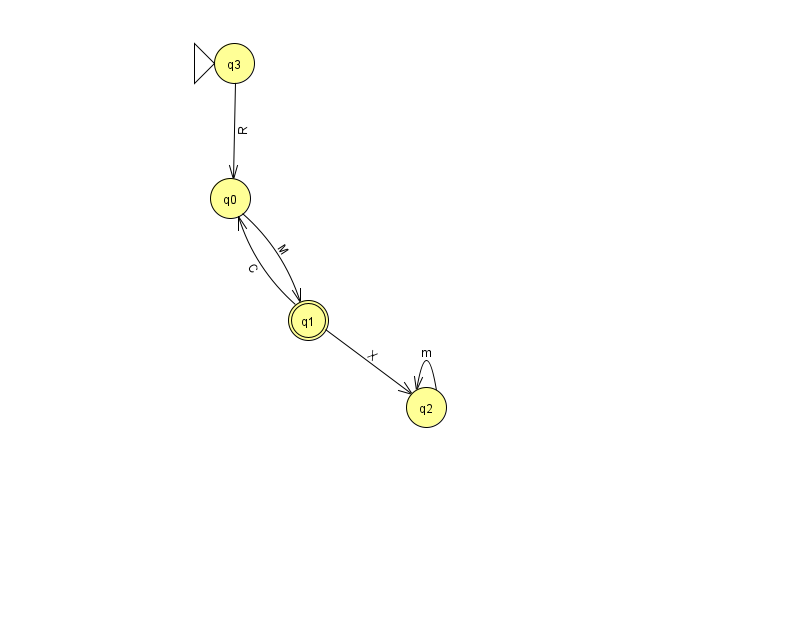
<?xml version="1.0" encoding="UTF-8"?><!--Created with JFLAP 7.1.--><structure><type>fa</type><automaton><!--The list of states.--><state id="0" name="q0"><x>230.0</x><y>185.0</y></state><state id="1" name="q1"><x>308.0</x><y>307.0</y><final/></state><state id="2" name="q2"><x>426.0</x><y>394.0</y></state><state id="3" name="q3"><x>234.0</x><y>50.0</y><initial/></state><!--The list of transitions.--><transition><from>0</from><to>1</to><read>M</read></transition><transition><from>3</from><to>0</to><read>R</read></transition><transition><from>1</from><to>2</to><read>X</read></transition><transition><from>2</from><to>2</to><read>m</read></transition><transition><from>1</from><to>0</to><read>C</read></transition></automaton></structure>